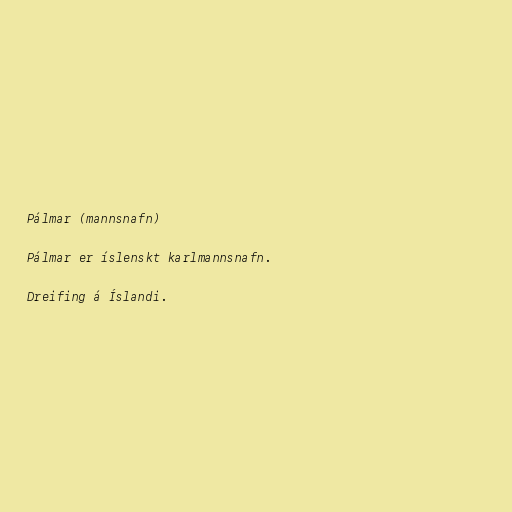
Pálmar (mannsnafn)

Pálmar er íslenskt karlmannsnafn.

Dreifing á Íslandi.